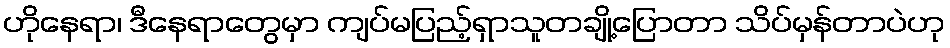
ဟိုနေရာ၊ ဒီနေရာတွေမှာ ကျပ်မပြည့်ရှာသူတချို့ပြောတာ သိပ်မှန်တာပဲဟု